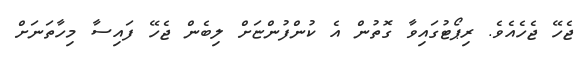
ޖެހޭ ޖެހެއެވެ. ރިޕޯޓުގައިވާ ގޮތުން އެ ކުުންފުންޏަށް ލިބެން ޖެހޭ ފައިސާ މިހާތަނަށް